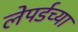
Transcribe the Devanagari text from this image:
लेपर्डच्या